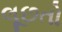
લૂછતો